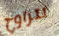
تتراوح